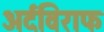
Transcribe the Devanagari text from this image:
अर्दविराफ